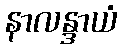
နာလန္ဒာယံ